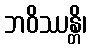
ဘဝိဿန္တိ၊